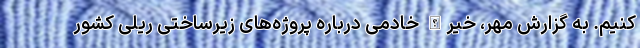
کنیم. به گزارش مهر، خیرالله خادمی درباره پروژه‌های زیرساختی ریلی کشور